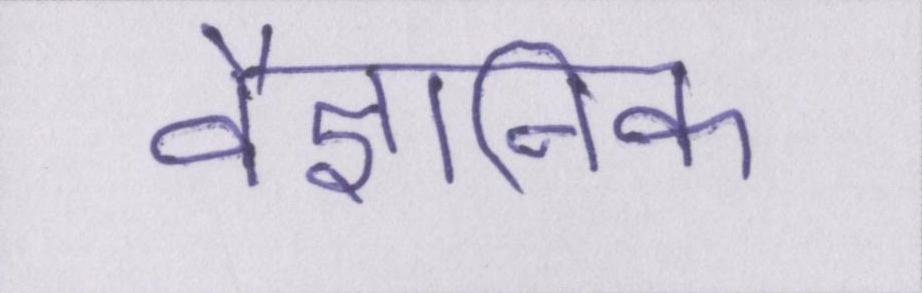
वैज्ञानिक